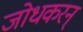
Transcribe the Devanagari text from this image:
जोधकरन्